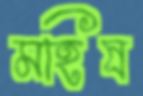
মহিষ